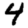
Digit: 4